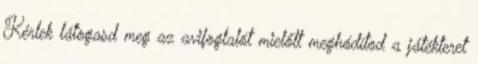
Kérlek látogasd meg az avifoglalót mielőtt meghódítod a játékteret